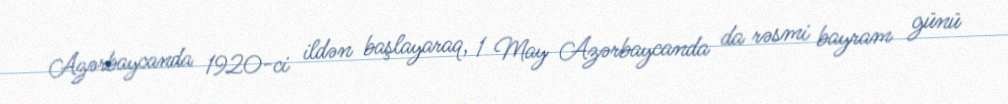
Azərbaycanda 1920-ci ildən başlayaraq, 1 May Azərbaycanda da rəsmi bayram günü